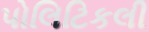
પોલિટિકલી